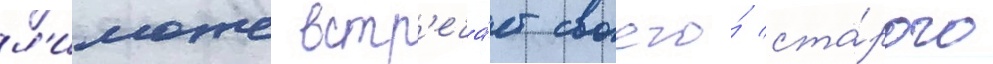
л'иможе встр'еча́ет своего́ ста́рого